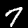
Label: 7